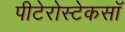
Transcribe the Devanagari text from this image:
पीटेरोस्टेकसॉ